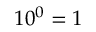
1 0 ^ { 0 } = 1